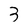
Character: 3